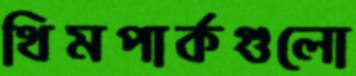
থিমপার্কগুলো